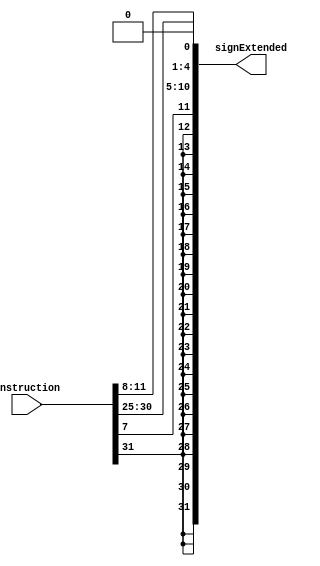
module BTypeSignExtend32b (
    instruction,
    signExtended
);
    input wire [31:0] instruction;
    output wire [31:0] signExtended;

    assign signExtended = 
    {
        {20 {instruction[31]}},  // imm[12]
        instruction[7],  // imm[11]
        instruction[30:25],  // imm[10:5]
        instruction[11:8],  // imm[4:1]
        1'b0
    };
    
endmodule